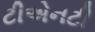
ટીએનટી